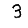
Digit: 3